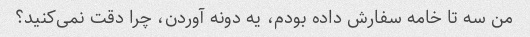
من سه تا خامه سفارش داده بودم، یه دونه آوردن، چرا دقت نمی‌کنید؟